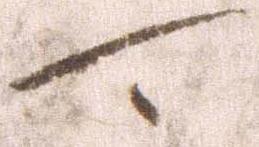
可